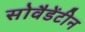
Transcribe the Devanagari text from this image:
सोवैडेंटीन